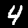
Digit: 4